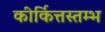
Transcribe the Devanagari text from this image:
कीर्कित्तस्तम्भ